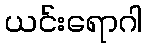
ယင်းရောဂါ